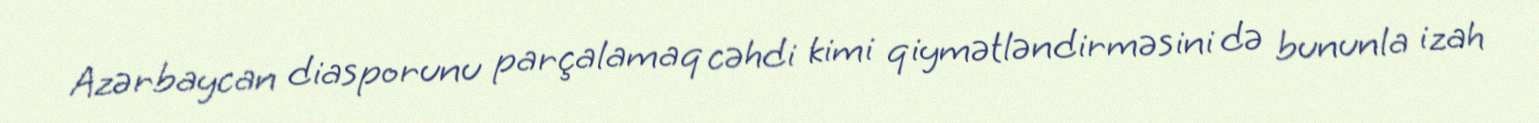
Azərbaycan diasporunu parçalamaq cəhdi kimi qiymətləndirməsini də bununla izah